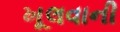
ખૂલવાની